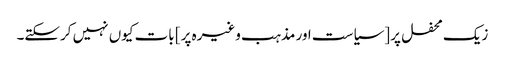
زیک محفل پر [سیاست اور مذہب وغیرہ پر] بات کیوں نہیں کرسکتے۔